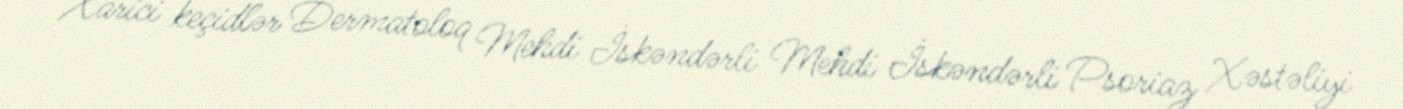
Xarici keçidlər Dermatoloq Mehdi İskəndərli Mehdi İskəndərli Psoriaz Xəstəliyi